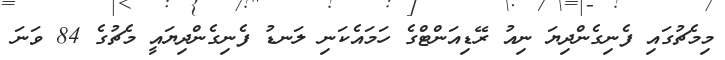
މިމެޗުގައި ފެނިގެންދިޔަ ނިއު ރޭޑިއަންޓްގެ ހަމައެކަނި ލަނޑު ފެނިގެންދިޔައީ މެޗުގެ 84 ވަނަ